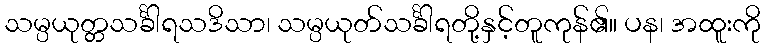
သမ္ပယုတ္တသင်္ခါရသဒိသာ၊ သမ္ပယုတ်သင်္ခါရတို့နှင့်တူကုန်၏။ ပန၊ အထူးကို